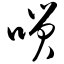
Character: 唢